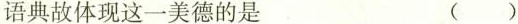
语典故体现这一美德的是 ()